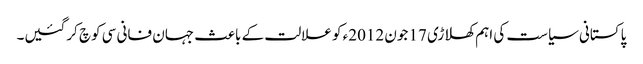
پاکستانی سیاست کی اہم کھلاڑی 17 جون 2012ء کو علالت کے باعث جہان فانی سی کوچ کرگئیں۔